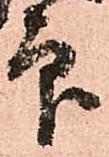
印